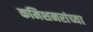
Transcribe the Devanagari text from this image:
कमिशनरांच्या